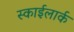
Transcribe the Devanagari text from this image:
स्काईलार्क